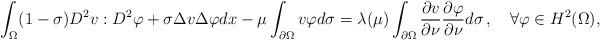
LaTeX: \begin{align*}\int_{\Omega}(1-\sigma)D^2 v:D^2\varphi +\sigma\Delta v\Delta\varphi dx-\mu\int_{\partial\Omega}v\varphi d\sigma=\lambda(\mu)\int_{\partial\Omega}\frac{\partial v}{\partial\nu}\frac{\partial\varphi}{\partial\nu} d\sigma\,,\ \ \ \forall\varphi\in H^2(\Omega),\end{align*}